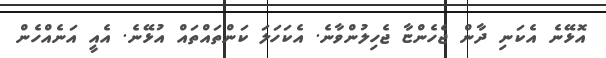
އޮޅޭނެ އެކަނި ދާން ޖެހެންޏާ ޖެހިލުންވާނެ. އެކަހަލަ ކަންތައްތައް އުޅޭނެ. އެއީ އަނެއްހެން